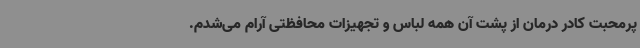
پرمحبت کادر درمان از پشت آن همه لباس و تجهیزات محافظتی آرام می‌شدم.